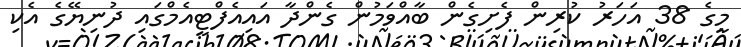
މީގެ 38 އަހަރު ކުރިން ފެށިގެން ބާއްވަމުން ގެންދާ އައިއެފްޓީއެމްގައި ދުނިޔޭގެ އެކި